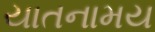
યાતનામય